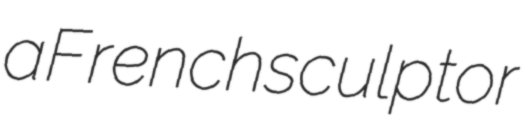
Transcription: a French sculptor